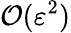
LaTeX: \mathcal{O}(\varepsilon^{2})